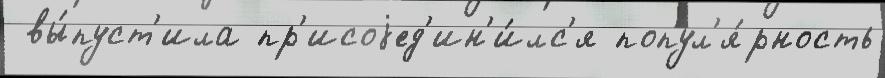
 вы́пуст'ила пр'исоjед'ин'и́лс'я попул'я́рность